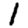
Digit: 1